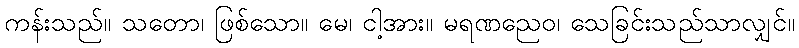
ကန်းသည်။ သတော၊ ဖြစ်သော။ မေ၊ ငါ့အား။ မရဏညေဝ၊ သေခြင်းသည်သာလျှင်။